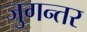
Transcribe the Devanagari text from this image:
जुगन्तर